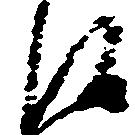
候